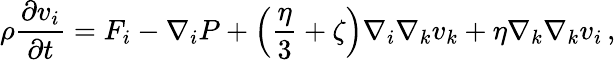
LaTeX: \rho\frac{\partial v_{i}}{\partial t}=F_{i}-\nabla_{i}P+\left(\frac{\eta}{3}+\zeta\right)\nabla_{i}\nabla_{k}v_{k}+\eta\nabla_{k}\nabla_{k}v_{i}\, ,